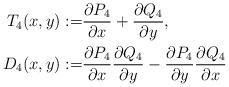
LaTeX: \begin{align*} \begin{aligned}T_4(x,y):= & \frac{\partial P_4}{\partial x} + \frac{\partial Q_4}{\partial y},\\D_4(x,y):= & \frac{\partial P_4}{\partial x} \frac{\partial Q_4}{\partial y}-\frac{\partial P_4}{\partial y} \frac{\partial Q_4}{\partial x}\end{aligned}\end{align*}